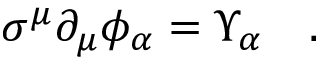
\sigma ^ { \mu } \partial _ { \mu } \phi _ { \alpha } = \Upsilon _ { \alpha } \quad .